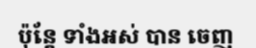
ប៉ុន្តែ ទាំងអស់ បាន ចេញ